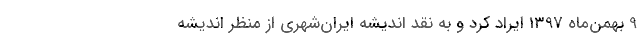
9 بهمن‌ماه 1397 ایراد کرد و به نقد اندیشه ایران‌شهری از منظر اندیشه